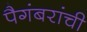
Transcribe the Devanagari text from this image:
पैगंबरांची